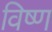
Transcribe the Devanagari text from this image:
विष्ण